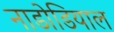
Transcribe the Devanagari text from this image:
नाडोडियाल